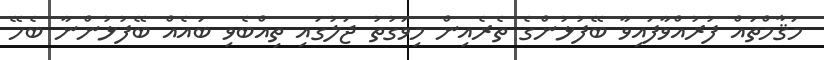
މަޤާމްތައް ފުރުއްވާފައިވާ ބޭފުޅުންގެ ތެރެއިން މިވަގުތު ޖަލުގައި ތިއްބެވި ބައެއް ބޭފުޅުންނާ ބެހޭ